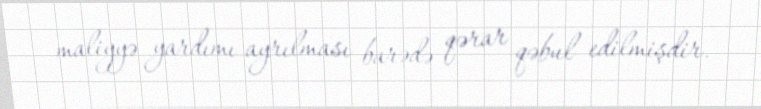
maliyyə yardımı ayrılması barədə qərar qəbul edilmişdir.